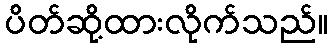
ပိတ်ဆို့ထားလိုက်သည်။